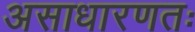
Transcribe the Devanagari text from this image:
असाधारणतः